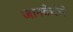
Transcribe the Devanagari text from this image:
जानकेकेने